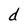
Character: d